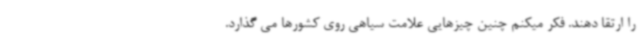
را ارتقا دهند. فکر میکنم چنین چیزهایی علامت سیاهی روی کشورها می گذارد.